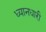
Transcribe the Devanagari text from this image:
ध्यानधारी